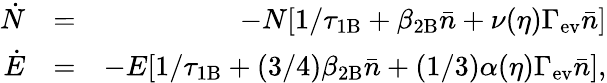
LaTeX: \begin{array}{rlr}{\dot{N}}&{=}&{-N[1/\tau_{\mathrm{1B}}+\beta_{\mathrm{2B}}\bar{n}+\nu(\eta)\Gamma_{\mathrm{ev}}\bar{n}]}\\ {\dot{E}}&{=}&{-E[1/\tau_{\mathrm{1B}}+(3/4)\beta_{\mathrm{2B}}\bar{n}+(1/3)\alpha(\eta)\Gamma_{\mathrm{ev}}\bar{n}],}\end{array}